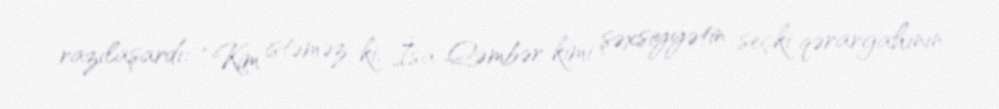
razılaşardı: “Kim istəməz ki, İsa Qəmbər kimi şəxsiyyətin seçki qərargahının